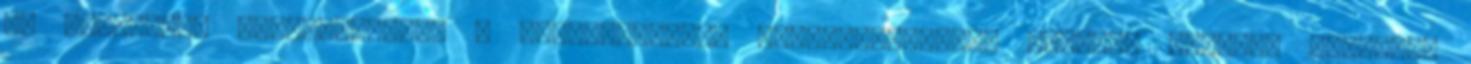
és sokoldalú „gyógyszert”. A Csendes-óceán szigetvilágában különös becsben tartják,